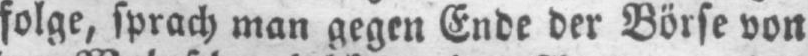
folge, sprach man gegen Ende der Börse von